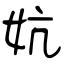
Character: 妔